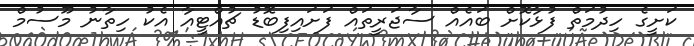
ކަށީގެ ހިދުމަތް ފުޅާކޮށް ބައެއް ސާޖަރީތައް ފަށައިފިބޮޑު ޗުއްޓީއާ އެކު ހިތާނު މޫސުމް